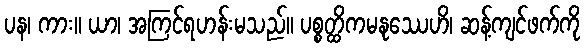
ပန၊ ကား။ ယာ၊ အကြင်ရဟန်းမသည်။ ပစ္စတ္ထိကမနုဿေဟိ၊ ဆန့်ကျင်ဖက်ကို